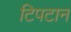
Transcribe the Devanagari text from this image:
टिपटान